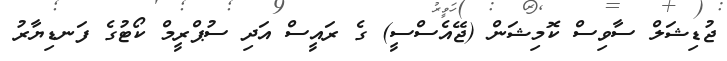
ޖުޑިޝަލް ސާވިސް ކޮމިޝަން (ޖޭއެސްސީ) ގެ ރައީސް އަދި ސުޕްރީމް ކޯޓުގެ ފަނޑިޔާރު